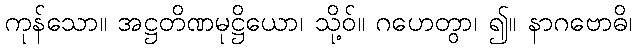
ကုန်သော။ အဋ္ဌတိဏမုဋ္ဌိယော၊ သို့ဝ်။ ဂဟေတွာ၊ ၍။ နာဂဗောဓိ၊